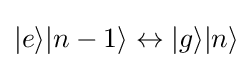
|e\rangle |n-1\rangle \leftrightarrow |g\rangle |n\rangle